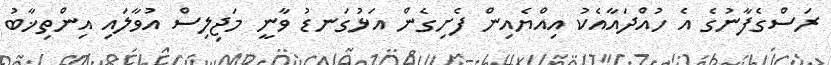
ރަސްގެފާނުގެ އެ ހުއްދައާއެކު އިއްޔެއިން ފެށިގެން އަޅުގަނޑު ވާނީ މަޖިލިސް އުވާލައި އިންތިޚާބު